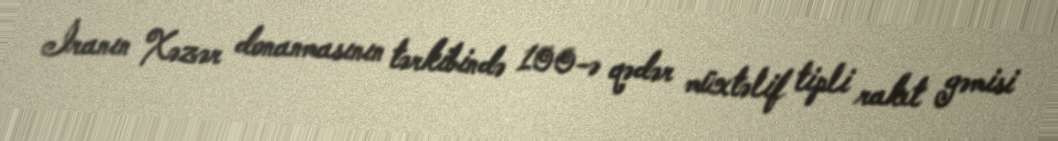
İranın Xəzər donanmasının tərkibində 100-ə qədər müxtəlif tipli raket gəmisi